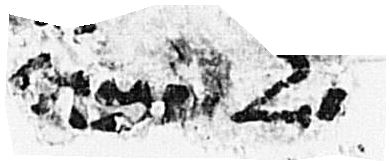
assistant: למה